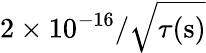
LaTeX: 2\times 10^{-16}/\sqrt{\tau(\mathrm{s})}